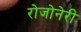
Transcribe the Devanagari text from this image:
रोजोनेरी